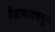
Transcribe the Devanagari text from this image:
हैद्राबादकडून